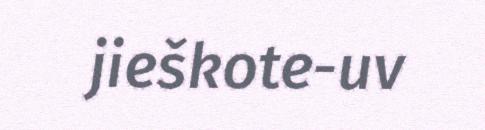
jieškote-uv